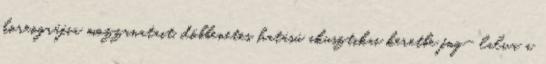
koreográfia mozzanatait, döbbenetes hatású akusztikai keretbe fog- lalva a